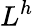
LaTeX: L^{h}